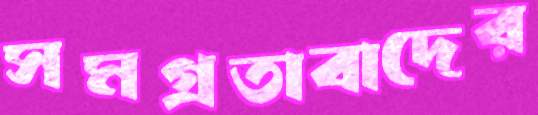
সমগ্রতাবাদের